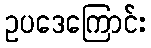
ဥပဒေကြောင်း